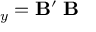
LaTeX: \mathbf { \Sigma } _ { y } = \mathbf { B ^ { \prime } } \mathbf { \Sigma } \mathbf { B }